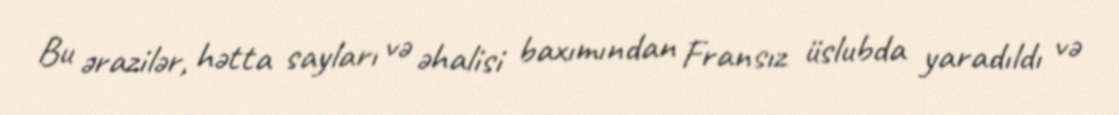
Bu ərazilər, hətta sayları və əhalisi baxımından Fransız üslubda yaradıldı və